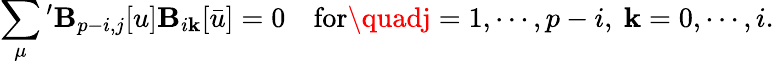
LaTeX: \sum_{\mu}{}^{\prime}\mathbf{B}_{p-i,j}[u]\mathbf{B}_{i\mathbf{k}}[\bar{{u}}]=0\quad\mathrm{{for}}\quadj=1,\cdots,p-i,\ \mathbf{k}=0,\cdots,i.